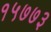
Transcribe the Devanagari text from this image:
१५७७३